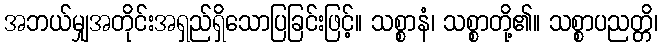
အဘယ်မျှအတိုင်းအရှည်ရှိသောပြခြင်းဖြင့်။ သစ္စာနံ၊ သစ္စာတို့၏။ သစ္စာပညတ္တိ၊